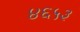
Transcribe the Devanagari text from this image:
४६५३